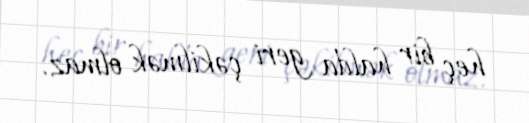
heç bir halda geri çəkilmək olmaz.